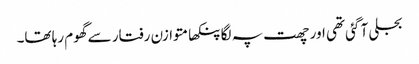
بجلی آ گئی تھی اور چھت پہ لگا پنکھا متوازن رفتار سے گھوم رہا تھا۔